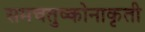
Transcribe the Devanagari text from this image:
समचतुष्कोनाकृती